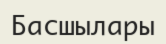
Басшылары